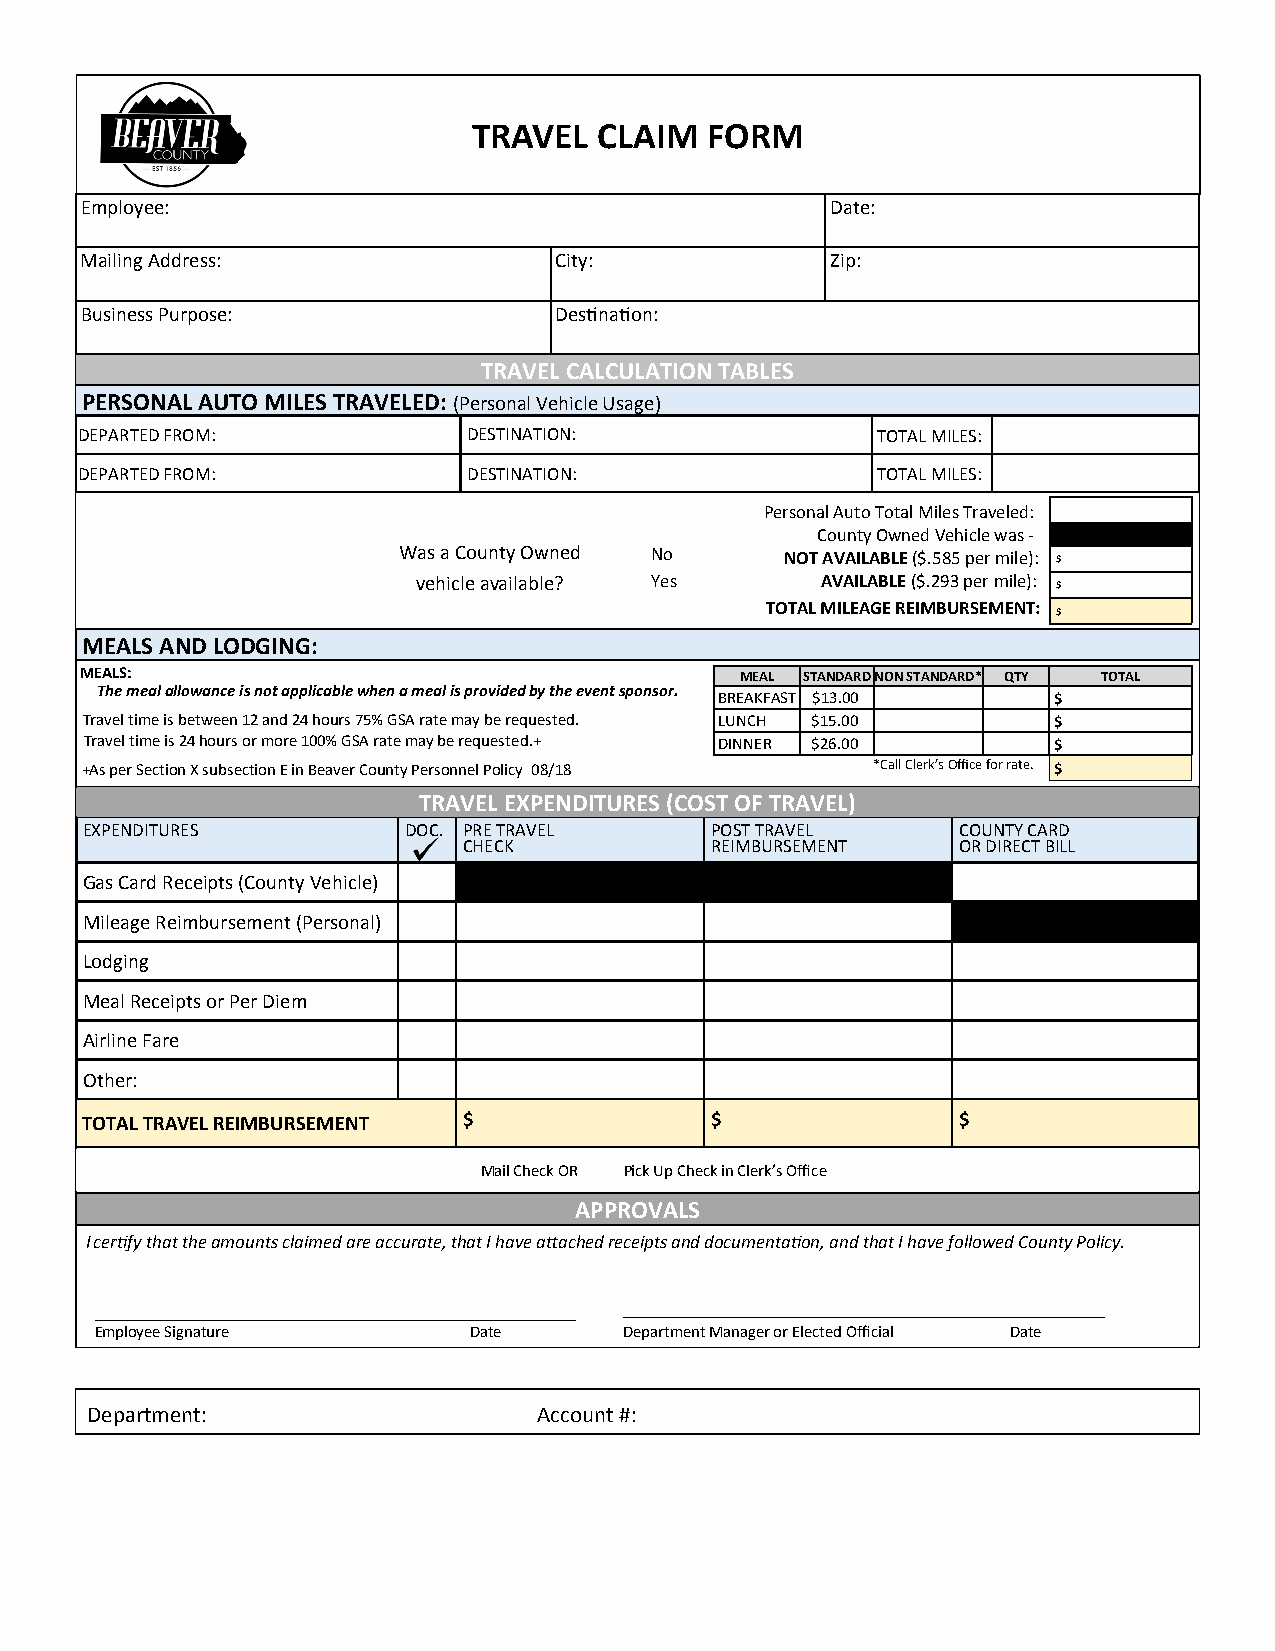
TRAVEL   CLAIM  FORM
 Employee:                                         Date:
 Mailing Address:                City:             Zip:
 Business Purpose:               Destination:
 TRAVEL CALCULATION TABLES
 PERSONAL AUTO MILES TRAVELED: (Personal Vehicle Usage)
 DEPARTED FROM:            DESTINATION:               TOTAL MILES:
 DEPARTED FROM:            DESTINATION:               TOTAL MILES:
 Personal Auto Total Miles Traveled:
 County Owned Vehicle was -
 Was a County Owned No     NOT AVAILABLE ($.585 per mile): $
 vehicle available? Yes    AVAILABLE ($.293 per mile):
 $
 TOTAL MILEAGE REIMBURSEMENT:
 $
 MEALS AND LODGING:
 MEALS:                                      MEAL STANDARD NON STANDARD* QTY TOTAL
 The meal allowance is not applicable when a meal is provided by the event sponsor. BREAKFAST $13.00 $
 Travel time is between 12 and 24 hours 75% GSA rate may be requested. LUNCH $15.00 $
 Travel time is 24 hours or more 100% GSA rate may be requested.+ DINNER $26.00 $
 +As per Section X subsection E in Beaver County Personnel Policy 08/18 *Call Clerk’s Office for rate. $
 TRAVEL EXPENDITURES (COST OF TRAVEL)
 EXPENDITURES          DOC. PRE TRAVEL     POST TRAVEL     COUNTY CARD
 CHECK           REIMBURSEMENT   OR DIRECT BILL
 Gas Card Receipts (County Vehicle)
 Mileage Reimbursement (Personal)
 Lodging
 Meal Receipts or Per Diem
 Airline Fare
 Other:
 TOTAL TRAVEL REIMBURSEMENT $              $               $
 Mail Check OR Pick Up Check in Clerk’s Office
 APPROVALS
 I certify that the amounts claimed are accurate, that I have attached receipts and documentation, and that I have followed County Policy.
 Employee Signature       Date      Department Manager or Elected Official Date
 Department:                   Account #: